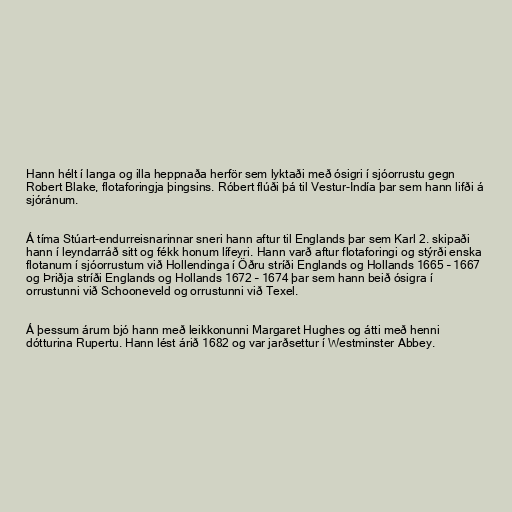
Hann hélt í langa og illa heppnaða herför sem lyktaði með ósigri í sjóorrustu gegn
Robert Blake, flotaforingja þingsins. Róbert flúði þá til Vestur-Indía þar sem hann lifði á
sjóránum.

Á tíma Stúart-endurreisnarinnar sneri hann aftur til Englands þar sem Karl 2. skipaði
hann í leyndarráð sitt og fékk honum lífeyri. Hann varð aftur flotaforingi og stýrði enska
flotanum í sjóorrustum við Hollendinga í Öðru stríði Englands og Hollands 1665 – 1667
og Þriðja stríði Englands og Hollands 1672 – 1674 þar sem hann beið ósigra í
orrustunni við Schooneveld og orrustunni við Texel.

Á þessum árum bjó hann með leikkonunni Margaret Hughes og átti með henni
dótturina Rupertu. Hann lést árið 1682 og var jarðsettur í Westminster Abbey.